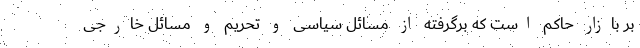
بر بازار حاکم است که برگرفته از مسائل سیاسی و تحریم و مسائل خارجی